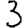
Digit: 3